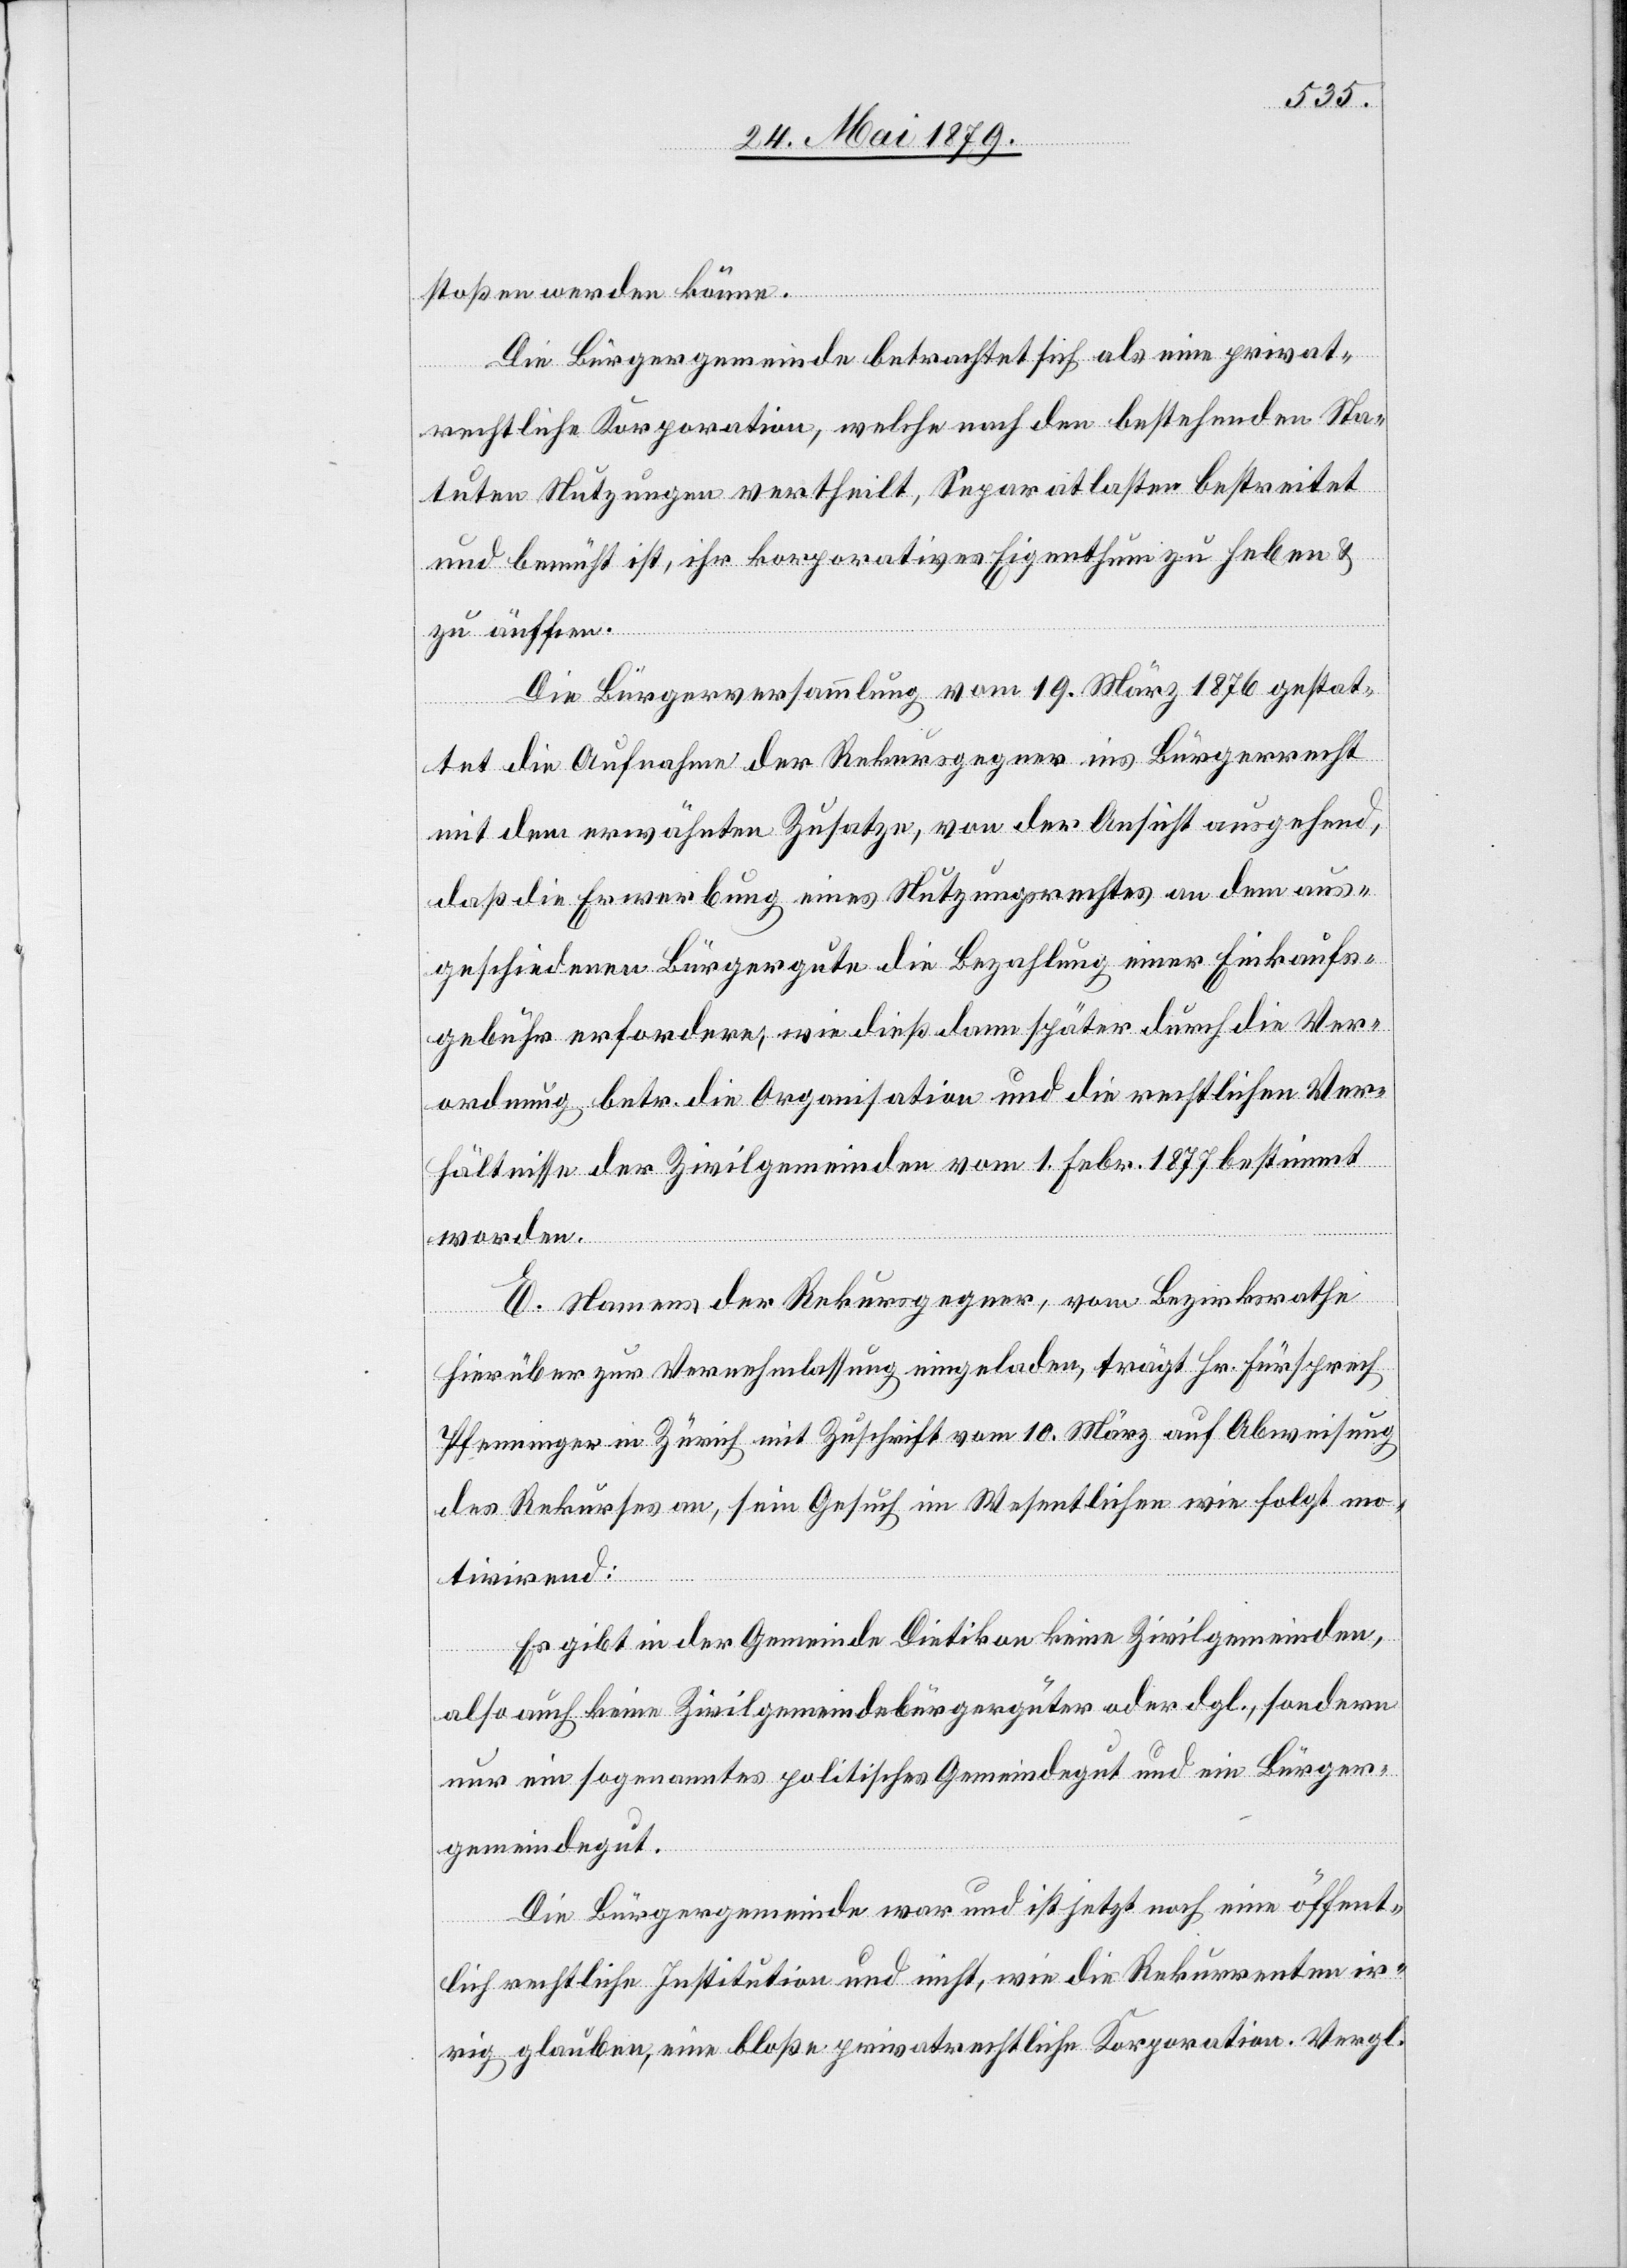
stoßen werden könne.
Die Bürgergemeinde betrachtet sich als eine privat¬
rechtliche Korporation, welche nach den bestehenden Sta¬
tuten Nutzungen vertheilt, Separatlasten bestreitet
und bemüht ist, ihr korporatives Eigenthum zu heben &
zu äuffnen.
Die Bürgerversammlung vom 19. März 1876 gestat¬
tet die Aufnahme der Rekursgegner ins Bürgerrecht
mit dem erwähnten Zusatze, von der Ansicht ausgehend,
daß die Erwerbung eines Nutzungsrechtes an dem aus¬
geschiedenen Bürgergute die Bezahlung einer Einkaufs¬
gebühr erfordere, wie dieß dann später durch die Ver¬
ordnung betr. die Organisation und die rechtlichen Ver¬
hältnisse der Zivilgemeinden vom 1. Febr. 1877 bestimmt
worden.
E. Namens der Rekursgegner, vom Bezirksrathe
hierüber zur Vernehmlassung eingeladen, trägt Hr. Fürsprech
Pfenninger in Zürich mit Zuschrift vom 10. März auf Abweisung
des Rekurses an, sein Gesuch im Wesentlichen wie folgt mo¬
tivirend:
Es gibt in der Gemeinde Dietikon keine Zivilgemeinden,
also auch keine Zivilgemeindebürgergüter oder dgl., sondern
nur ein sogenanntes politisches Gemeindegut und ein Bürger¬
gemeindegut.
Die Bürgergemeinde war und ist jetzt noch eine öffent¬
lich rechtliche Institution und nicht, wie die Rekurrenten ir¬
rig glauben, eine bloße privatrechtliche Korporation. Vergl.